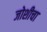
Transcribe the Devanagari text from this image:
जोशीचा